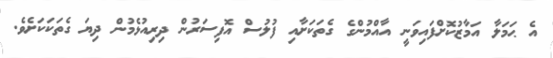
އެ ޙަމަލާ އަމާޒުކޮށްފައިވަނީ އާއްމުންގެ ގެތަކަށާއި ފުލުސް އޮފިސަރުން ދިރިއުޅެމުން ދިޔަ ގެތަކަކަށެވެ.